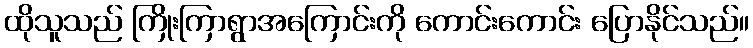
ထိုသူသည် ကြိုးကြာရွာအကြောင်းကို ကောင်းကောင်း ပြောနိုင်သည်။